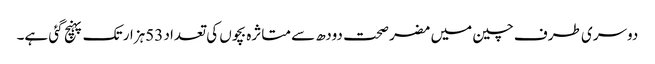
دوسری طرف چین میں مضر صحت دودھ سے متاثرہ بچوں کی تعداد 53ہزار تک پہنچ گئی ہے۔